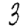
Digit: 3